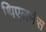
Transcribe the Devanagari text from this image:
थिएलमंस